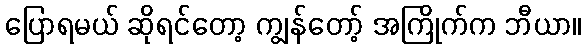
ပြောရမယ် ဆိုရင်တော့ ကျွန်တော့် အကြိုက်က ဘီယာ။